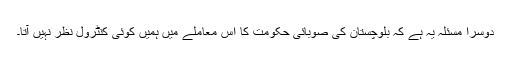
دوسرا مسئلہ یہ ہے کہ بلوچستان کی صوبائی حکومت کا اِس معاملے میں ہمیں کوئی کنٹرول نظر نہیں آتا۔